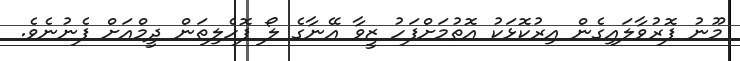
މޫނު ފޮރުވާލައިގެން އިރުކޮޅަކު އޮތުމަށްފަހު ޒީވާ އޭނާގެ ލޯ ފޮހެލިތަން ދީމްއަށް ފެނުނެވެ.